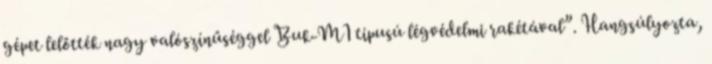
gépet lelőtték nagy valószínűséggel Buk-M1 típusú légvédelmi rakétával”. Hangsúlyozta,